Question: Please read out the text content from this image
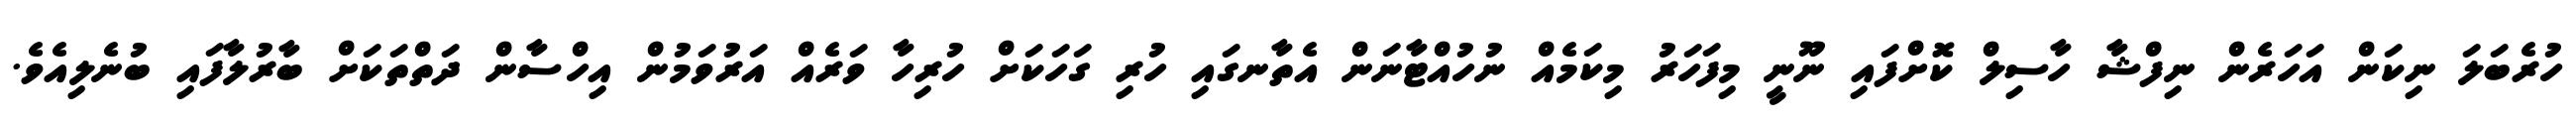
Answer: ހުރެބަލަ ނިކަން އަހަރެން ނިފްޝާ ހާސިލް ކޮށްފައި ނޫނީ މިފަހަރު މިކަމެއް ނުހުއްޓާނަން އެތާނގައި ހުރި ގަހަކަށް ހުރިހާ ވަރެއް އަރުވަމުން އިހްސާން ދަތްތަކަށް ބާރުލާފައި ބުނެލިއެވެ.